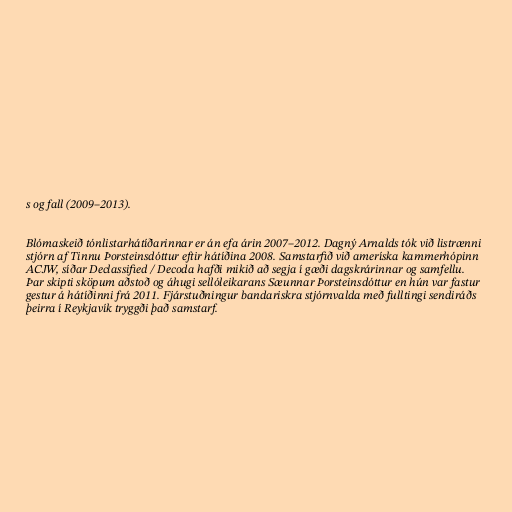
s og fall (2009–2013).

Blómaskeið tónlistarhátíðarinnar er án efa árin 2007–2012. Dagný Arnalds tók við listrænni
stjórn af Tinnu Þorsteinsdóttur eftir hátíðina 2008. Samstarfið við ameríska kammerhópinn
ACJW, síðar Declassified / Decoda hafði mikið að segja í gæði dagskrárinnar og samfellu.
Þar skipti sköpum aðstoð og áhugi sellóleikarans Sæunnar Þorsteinsdóttur en hún var fastur
gestur á hátíðinni frá 2011. Fjárstuðningur bandariskra stjórnvalda með fulltingi sendiráðs
þeirra í Reykjavík tryggði það samstarf.